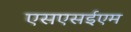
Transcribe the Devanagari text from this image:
एसएसईएम